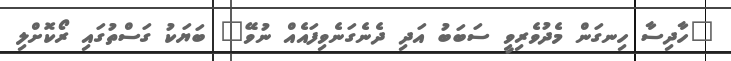
"ހާދިސާ ހިނގަން މެދުވެރިވީ ސަބަބު އަދި ދެނެގަނެވިފައެއް ނުވޭ" ބަޔަކު ގަސްތުގައި ރޯކޮށްލި